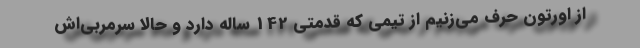
از اورتون حرف می‌زنیم از تیمی که قدمتی 142 ساله دارد و حالا سرمربی‌اش